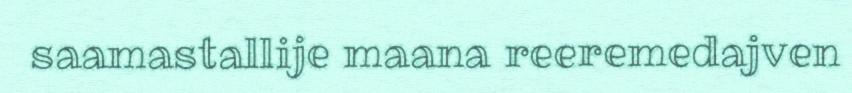
saamastallije maana reeremedajven